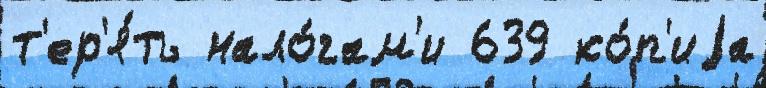
т'ер'я́ть нало́гам'и 639 ко́п'иjа